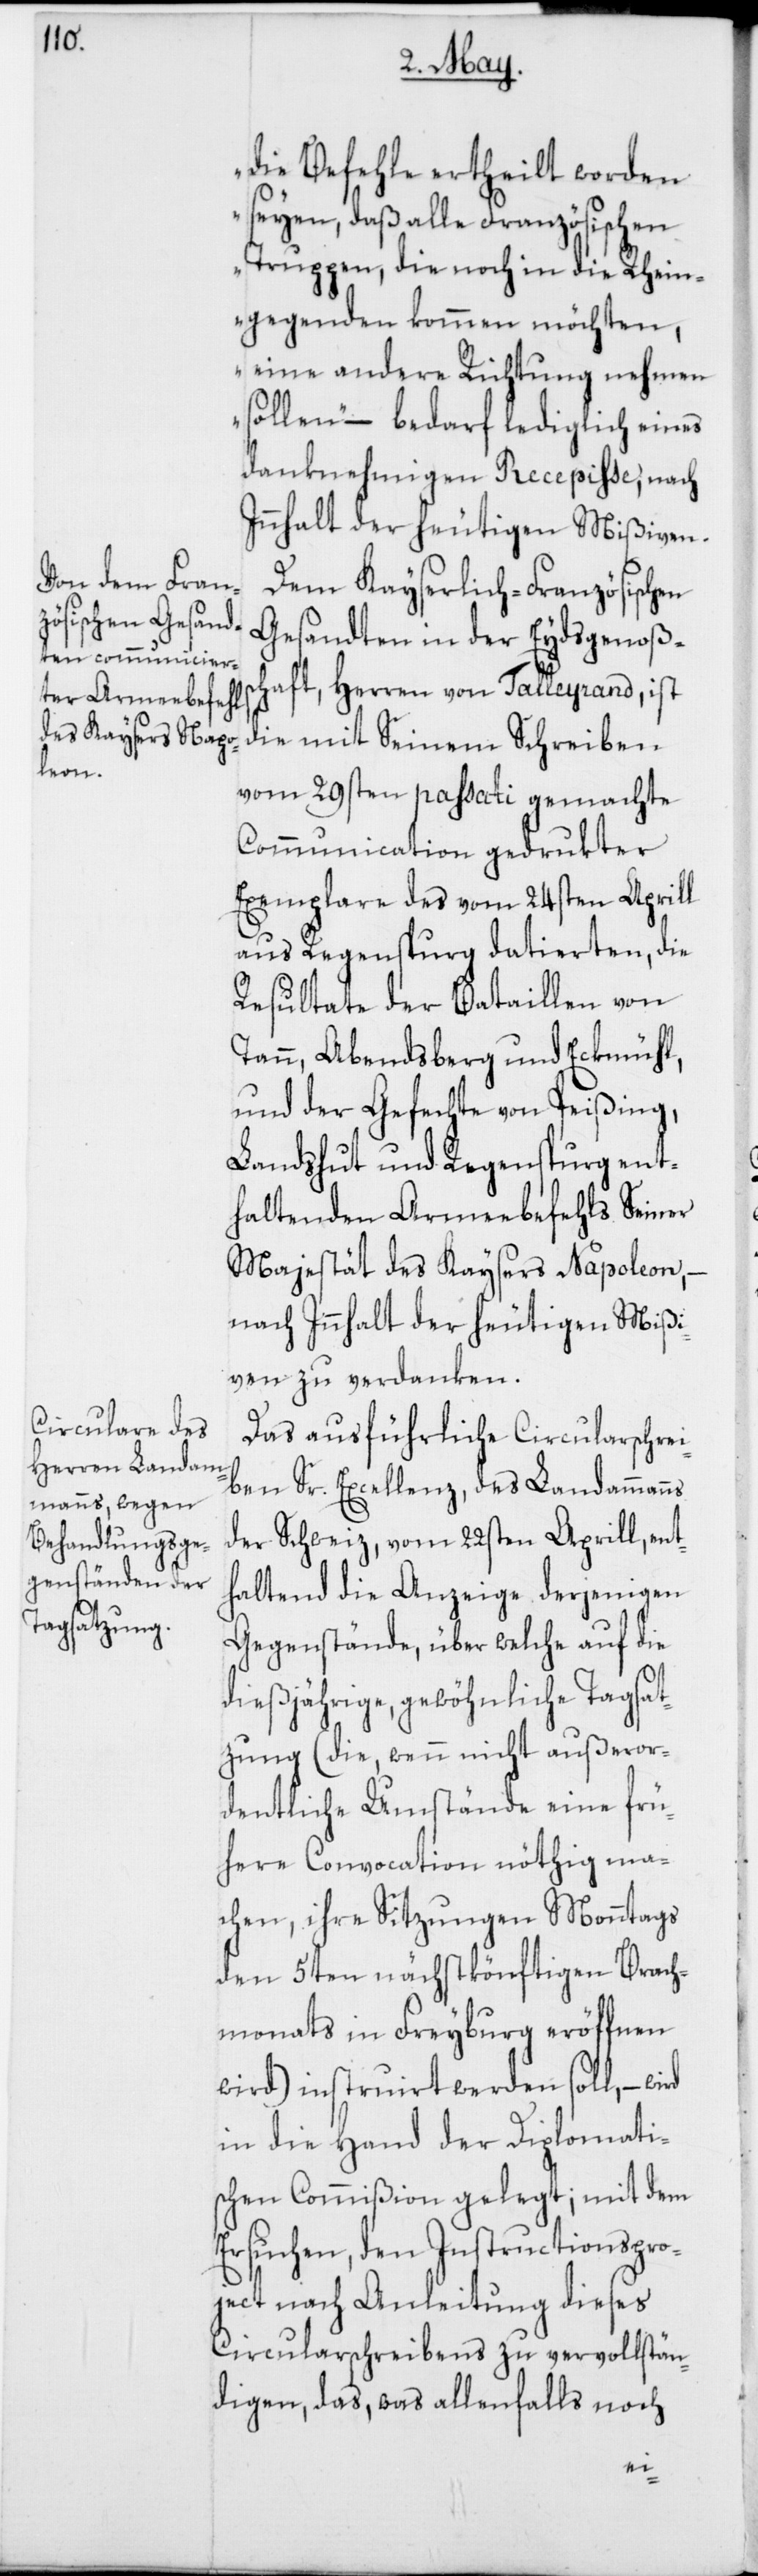
die Befehle ertheilt worden
seyen, daß alle Französischen
Truppen, die noch in die Rhein¬
gegenden kommen möchten,
eine andere Richtung nehmen
sollen“ – bedarf lediglich eines
danknehmigen Recepiße, nach
Innhalt der heutigen Mißiven.
Dem Kayserlich-Französischen
Gesandten in der Eydsgenoßen¬
schaft, Herren von Talleyrand, ist
die mit Seinem Schreiben
vom 29sten passati gemachte
Communication gedrukter
Exemplare des vom 24sten Aprill
aus Regenspurg datierten, die
Resultate der Bataillen von
Tann, Abendsberg und Eckmühl,
und der Gefechte von Peißing,
Landshut und Regenspurg ent¬
haltenen Armeebefehls Seiner
Majestät des Kaysers Napoleon,
nach Innhalt der heutigen Mißi¬
ven zu verdanken.
Das ausführliche Circularschrei¬
ben Sr. Excellenz, des Landammanns
der Schweiz, vom 22sten Aprill, ent¬
haltend die Anzeige, derjenigen
Gegenstände, über welche auf die
dießjährige, gewöhnliche Tagsat¬
zung (die, wenn nicht außeror¬
dentliche Umstände eine frü¬
here Convocation nöthig ma¬
chen, ihre Sitzungen Monntags
den 5ten nächstkönftigen Brach¬
monats in Freyburg eröffnen
wird) instruiert werden soll, – wird
in die Hand der Dipomati¬
schen Commißion gelegt; mit dem
Ersuchen, den Instructionspro¬
ject nach Anleitung dieses
Circularschreibens zu vervollstän¬
digen, das, was allenfalls noch